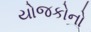
યોજકોનો